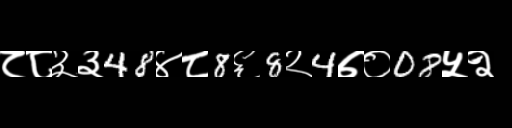
Text: ८८३३48४८8६8२4७०08५२